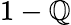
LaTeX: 1-\mathbb{Q}